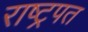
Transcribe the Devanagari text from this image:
राष्ट्रपत